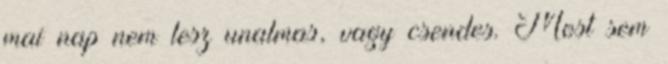
mai nap nem lesz unalmas, vagy csendes. Most sem